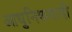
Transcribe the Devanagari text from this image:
आधुनिकवादी